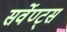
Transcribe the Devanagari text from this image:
सर्वेण्ट्स